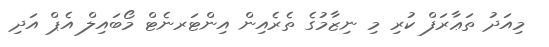
މިއަދު ތަޢާރަފް ކުރި މި ނިޒާމުގެ ތެރެއިން އިންޓަރނެޓް މޯބައިލް އެޕް އަދި